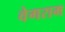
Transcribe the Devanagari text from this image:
वेगराम